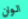
الوان